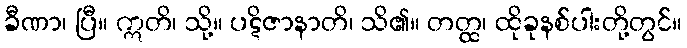
ခီဏာ၊ ပြီ။ ဣတိ၊ သို့။ ပဋိဇာနာတိ၊ သိ၏။ တတ္ထ၊ ထိုခုနစ်ပါးတို့တွင်။